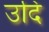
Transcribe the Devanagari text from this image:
उदि